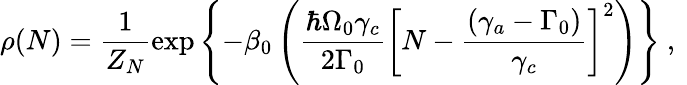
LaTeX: \rho(N)=\frac{1}{Z_{N}}\exp\left\{ -\beta_{0}\left(\frac{\hbar\Omega_{0}\gamma_{c}}{2\Gamma_{0}}\left[N-\frac{\left(\gamma_{a}-\Gamma_{0}\right)}{\gamma_{c}}\right]^{2}\right)\right\} \mathrm{~,~}